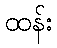
ထန်း